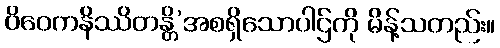
ဝိဝေကနိဿိတန္တိ’အစရှိသောပါဌ်ကို မိန့်သတည်း။